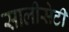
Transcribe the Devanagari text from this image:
सालीसेटी